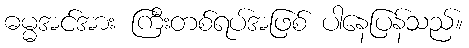
ဓမ္မအင်အား ကြီးတစ်ရပ်အဖြစ် ပါနေပြန်သည်။